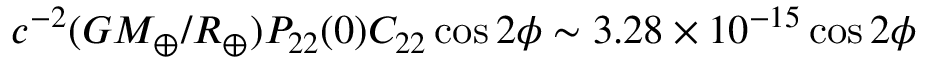
c ^ { - 2 } ( G M _ { \oplus } / R _ { \oplus } ) P _ { 2 2 } ( 0 ) C _ { 2 2 } \cos 2 \phi \sim 3 . 2 8 \times 1 0 ^ { - 1 5 } \cos 2 \phi